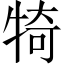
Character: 犄